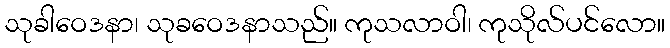
သုခါဝေဒနာ၊ သုခဝေဒနာသည်။ ကုသလာဝါ၊ ကုသိုလ်ပင်လော။